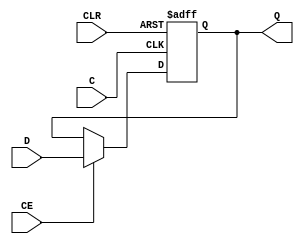
`timescale 1ns / 1ps

module reg5ce(Q, C, CE, CLR, D);

   
   output reg [4:0]      Q;

   input 	      C;	
   input 	      CE;	
   input 	      CLR;	
   input  [4:0]      D;
  
     
   always @(posedge C or posedge CLR)
     begin
	if (CLR)
	  Q <= 5'b00000;
	else if (CE)
          Q <= D;
     end
   
   
endmodule